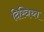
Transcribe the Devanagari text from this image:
दिस्त्रिच्त